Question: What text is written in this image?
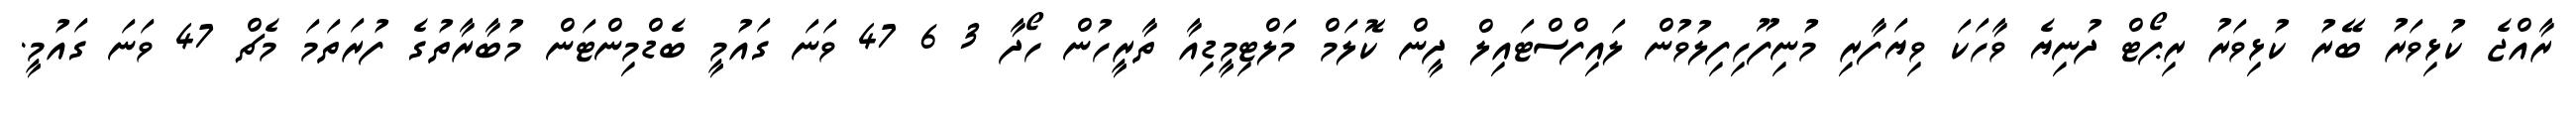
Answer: ރާއްޖެ ކުޅިވަރު ބޭރު ކުޅިވަރު ރިޕޯޓް ދުނިޔެ ވާހަކަ ވިޔަފާރި މުނިފޫހިފިލުވުން ލައިފްސްޓައިލް ދީން ކޮލަމް މަލްޓިމީޑިއާ ތާރީހުން ހޯދާ 3 6 47 ވަނަ ގައުމީ ބެޑްމިންޓަން މުބާރާތުގެ ފުރަތަމަ މެޗް 47 ވަނަ ގައުމީ.